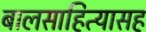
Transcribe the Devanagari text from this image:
बालसाहित्यासह